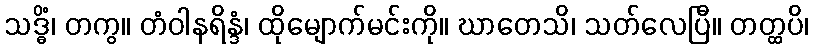
သဒ္ဓိံ၊ တကွ။ တံဝါနရိန္ဒံ၊ ထိုမျောက်မင်းကို။ ဃာတေသိ၊ သတ်လေပြီ။ တတ္ထပိ၊